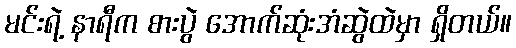
မင်းရဲ့ နာရီက စားပွဲ အောက်ဆုံးအံဆွဲထဲမှာ ရှိတယ်။